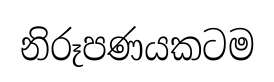
නිරූපණයකටම